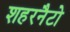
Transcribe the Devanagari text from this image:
शहरनैटो